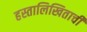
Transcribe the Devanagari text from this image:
हस्तालिखिताची